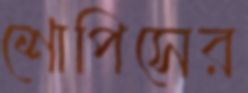
শোপিসের